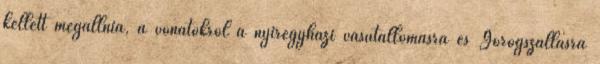
kellett megállnia, a vonatokról a nyíregyházi vasútállomásra és Görögszállásra